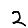
Digit: 2